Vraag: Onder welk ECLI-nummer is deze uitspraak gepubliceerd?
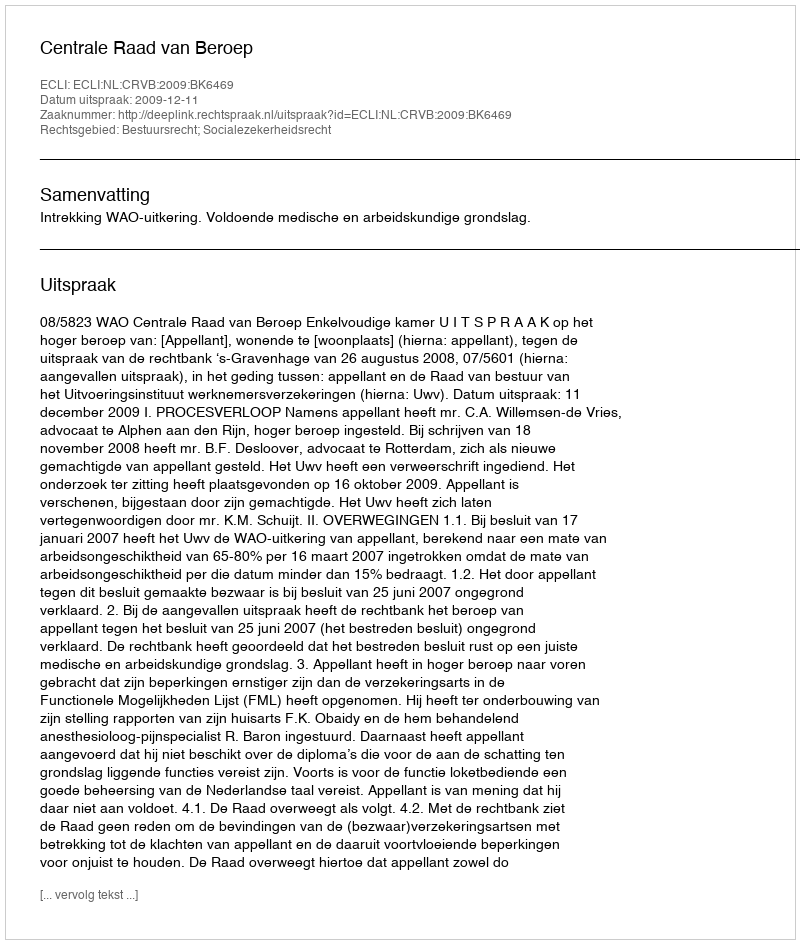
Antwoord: ECLI:NL:CRVB:2009:BK6469